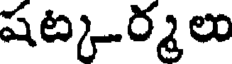
షట్కర్మలు